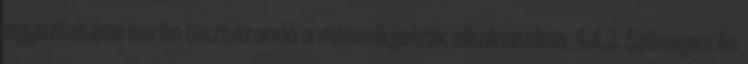
egyeztetése során tisztázandó a másodkijelzõk alkalmazása. 4.4.3. Szöveges és